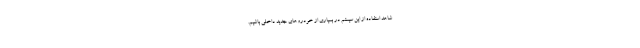
شاهد استفاده از این سیستم در بسیاری از خودروهای جدید داخلی باشیم.